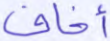
أخاف